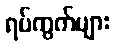
ရပ်ကွက်များ